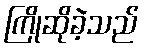
ကြိုဆိုခဲ့သည်